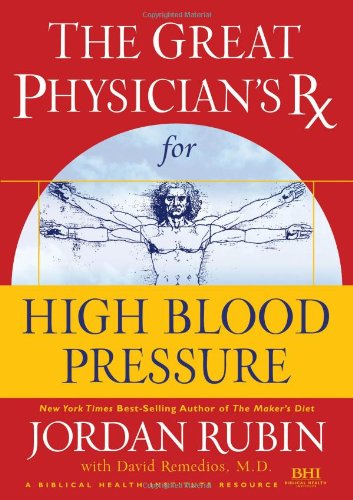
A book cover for GPRX for High Blood Pressure (Great Physician's Rx Series); Jordan Rubin; Health, Fitness & Dieting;